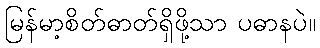
မြန်မာ့စိတ်ဓာတ်ရှိဖို့သာ ပဓာနပဲ။